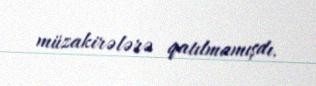
müzakirələrə qatılmamışdı.